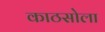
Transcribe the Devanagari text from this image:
काठसोला